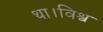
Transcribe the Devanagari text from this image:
था।विश्व